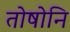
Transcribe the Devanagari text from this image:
तोषोनि